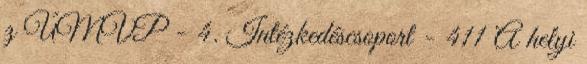
z ÚMVP - 4. Intézkedéscsoport - 411 A helyi